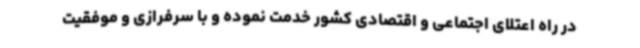
در راه اعتلای اجتماعی و اقتصادی کشور خدمت نموده و با سرفرازی و موفقیت